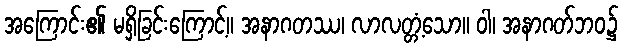
အကြောင်း၏ မရှိခြင်းကြောင့်။ အနာဂတဿ၊ လာလတ္တံ့သော။ ဝါ၊ အနာဂတ်ဘဝ၌